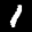
Label: 1